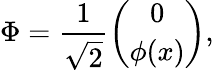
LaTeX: \Phi=\frac{1}{\sqrt{2}}{\binom{0}{\phi(x)}},